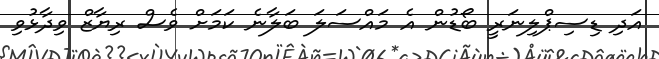
އަދި ޑިސިޕްލިނަރީ ބޯޑުން އެ މައްސަލަ ބަލާނެ ކަމަށް ވެސް ރިޔާޒް ވިދާޅުވި